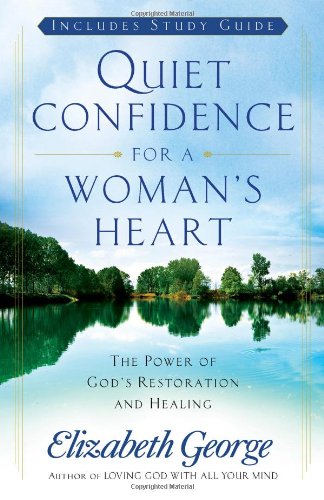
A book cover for Quiet Confidence for a Woman's Heart: The Power of God's Restoration and Healing; Elizabeth George; Christian Books & Bibles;